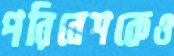
পরিবেশকেও